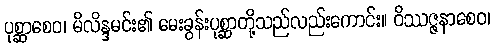
ပုစ္ဆာစေဝ၊ မိလိန္ဒမင်း၏ မေးခွန်းပုစ္ဆာတို့သည်လည်းကောင်း။ ဝိဿဇ္ဇနာစေဝ၊